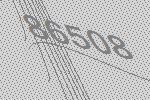
86508